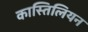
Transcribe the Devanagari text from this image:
कास्तिलियन